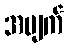
အပျက်